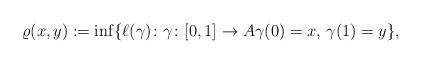
LaTeX: \begin{align*}\varrho(x,y):=\inf\{\ell(\gamma)\colon \gamma\colon[0,1]\to A \gamma(0)=x,\, \gamma(1)=y\},\end{align*}